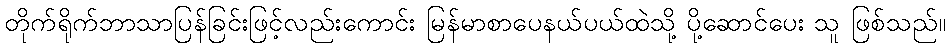
တိုက်ရိုက်ဘာသာပြန်ခြင်းဖြင့်လည်းကောင်း မြန်မာစာပေနယ်ပယ်ထဲသို့ ပို့ဆောင်ပေး သူ ဖြစ်သည်။